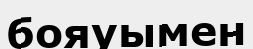
бояуымен